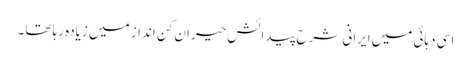
اسی دہائی میں ایرانی شرح پیدائش حیران کن انداز میں زیادہ رہا تھا۔